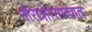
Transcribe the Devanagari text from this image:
नौरात्रोत्सात्वात